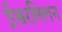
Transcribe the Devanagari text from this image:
ईश्वरमिलन